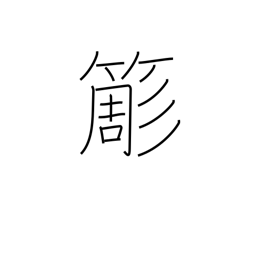
Meaning: bamboo whisk